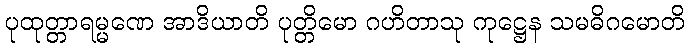
ပုထုတ္တာရမ္မဏေ အာဒိယာတိ ပုတ္တိမော ဂဟိတာသု ကုဋ္ဌေန သမဓိဂမောတိ